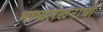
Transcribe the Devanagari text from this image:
भाष्यलेखनाची